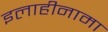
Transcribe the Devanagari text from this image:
इलाहीनामा